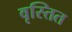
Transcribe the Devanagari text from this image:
वृस्तित